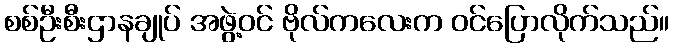
စစ်ဦးစီးဌာနချုပ် အဖွဲ့ဝင် ဗိုလ်ကလေးက ဝင်ပြောလိုက်သည်။